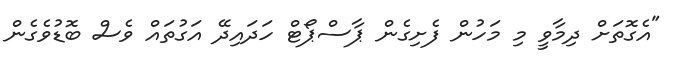
"އެގޮތަށް ދިމާވީ މި މަހުން ފެށިގެން ޕާސްޕޯޓް ހަދައިދޭ އަގުތައް ވެސް ބޮޑުވެގެން